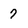
Character: 7